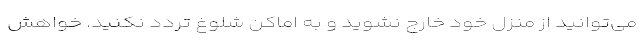
می‌توانید از منزل خود خارج نشوید و به اماکن شلوغ تردد نکنید. خواهش